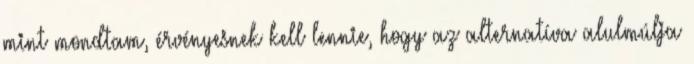
mint mondtam, érvényesnek kell lennie, hogy az alternatíva alulmúlja